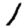
Digit: 1